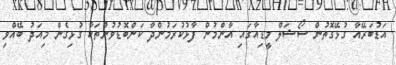
އަޑުބަރޭއާ ގުޅޭގޮތުން ސޯޝަލް މީޑިއާގައި އާންމުން ފާޅުކުރަމުންދާ ކަންބޮޑުވުންތަކާ ގުޅިގެން މިއަދު ބޭއްވި